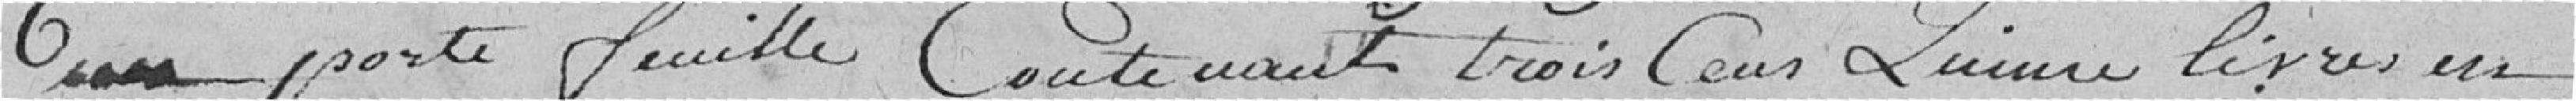
un portefeuille contenant trois cent quinze livres en